Vaccination in Bombay 1924-1928 - 1924-1928
Year: 1924
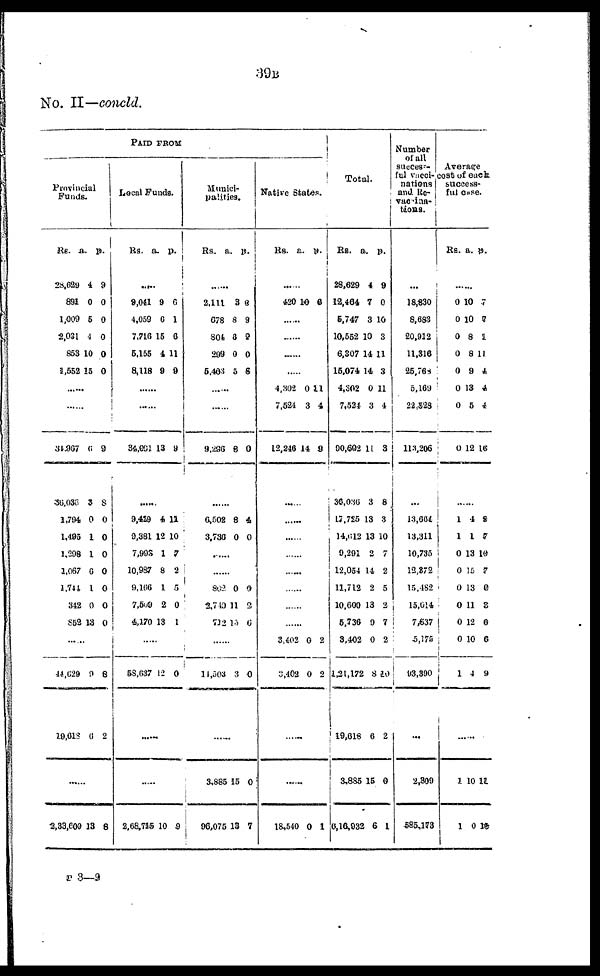
39B
No. II—concld.
PAID FROM
Provincial
Funds.
Rs.
28,629
891
1,009
2,031
853
1,552
a.
4
0
5
4
10
15
p.
9
0
0
0
0
0
......
......
34,967
36,036
1,794
1,495
1,298
1,067
1,741
312
852
6
3
0
1
1
6
1
0
13
9
8
0
0
0
0
0
0
0
......
44,629
19,618
0
6
8
2
......
2,33,600 13 8
Local Funds.
Rs. a. p.
......
9,041
4,059
7,716
5,156
8,118
9
6
15
4
9
6
1
6
11
9
......
......
34,091 13 9
......
9,429
9,381
7,993
10,987
9,166
7,509
4,170
4
12
1
8
1
2
13
11
10
7
2
5
0
1
......
58,637 12 0
......
.....
2,68,715 10 9
Munici¬
palities.
Rs. a. p.
......
2,111
078
804
299
5,403
3
8
0
0
5
6
9
9
0
6
......
9,296 8 0
......
6,502
3,736
8
0
4
0
......
......
862
2,749
712
0
11
15
9
2
6
......
11,503 3 0
......
3,885
96,075
15
13
0
7
Native States.
Rs.
a. p.
......
420 10 6
......
......
......
......
4,302
7,524
12,246
0
3
14
11
4
9
......
......
......
......
......
......
......
......
3,402
3,402
0
0
2
2
......
......
18,540 0 1
Total.
Rs.
28,629
12,464
5,747
10,552
6,307
15,074
4,302
7,524
90,602
36,036
17,725
14,612
9,291
12,054
11,712
10,600
5,736
3,402
1,21,172
19,618
3,885
6,16,932
a.
4
7
3
10
14 1
14
0
3
11
3
13
13
2
14
2
13
9
0
8
6
15
6
p.
9
0
10
3
11
3
11
4
3
8
3
10
7
2
5
2
7
2
10
2
0
1
Number
of all
success-
ful vacci-
nations
and Re¬
Vaccina¬
tions.
...
18,830
8,683
20,912
11,316
25,763
5,169
22,528
113,206
...
13,664
13,311
10,735
12,372
15,182
15,014
7,637
5,175
93,390
...
2,309
585,173
Average
cost of each
success-
ful case.
Rs. a. p.
......
0
0
0
0
0
0
0
0
10
10
8
8
9
13
5
12
7
7
1
11
4
4
4
16
......
1
1
0
0
0
0
0
0
1
4
1
13
15
13
11
12
10
4
8
7
10
7
0
3
0
6
9
......
1
1
10
0
11
10
P 3—9